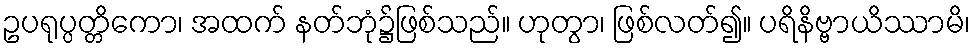
ဥပရုပ္ပတ္တိကော၊ အထက် နတ်ဘုံ၌ဖြစ်သည်။ ဟုတွာ၊ ဖြစ်လတ်၍။ ပရိနိဗ္ဗာယိဿာမိ၊